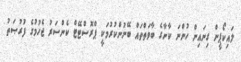
ލައިކޯޕީން ގިނައިން ހުންނަ ކާނާގެ ބާވަތްތައް ބޭނުންކުރުމަކީ ޕްރޮސްޓޭޓް ކެންސަރު ޖެހުމުގެ ފުރުޞަތު